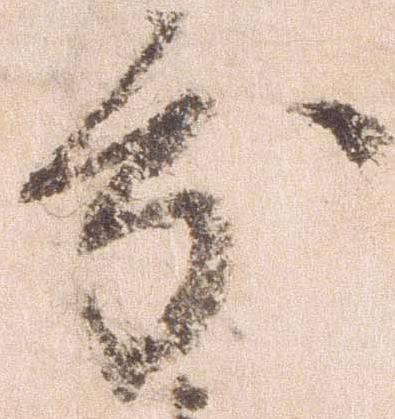
分